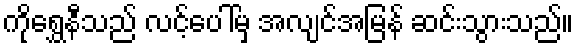
ကိုရွှေနီသည် လင့်ပေါ်မှ အလျင်အမြန် ဆင်းသွားသည်။